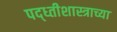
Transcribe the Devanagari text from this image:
पद्ध्तीशास्त्राच्या